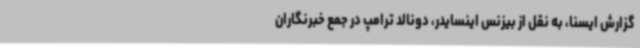
گزارش ایسنا، به نقل از بیزنس اینسایدر، دونالد ترامپ در جمع خبرنگاران